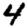
Digit: 4